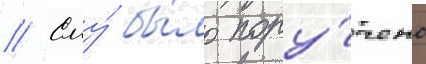
// Ему́ бы́ло пору́чено